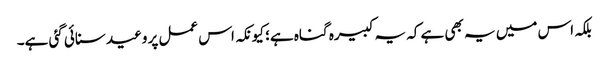
بلکہ اس میں یہ بھی ہے کہ یہ کبیرہ گناہ ہے؛ کیونکہ اس عمل پر وعید سنائی گئی ہے۔